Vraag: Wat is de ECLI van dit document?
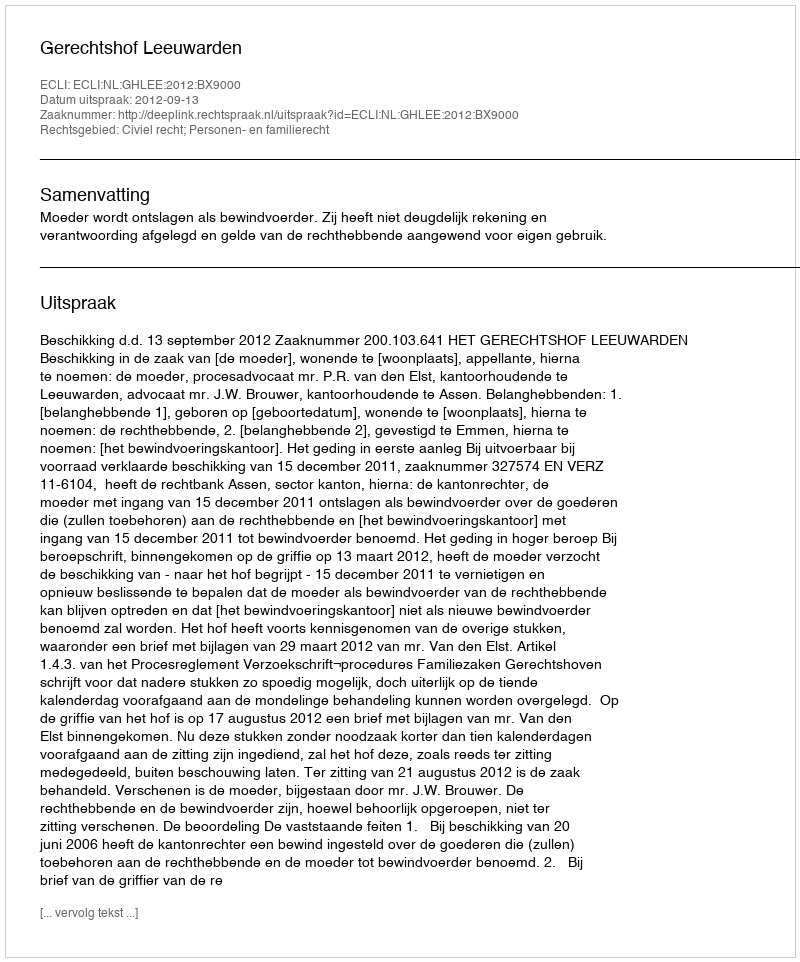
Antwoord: ECLI:NL:GHLEE:2012:BX9000